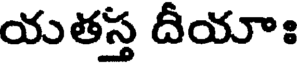
యతస్త దీయాః